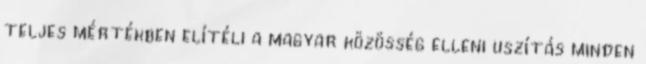
teljes mértékben elítéli a magyar közösség elleni uszítás minden